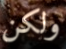
ولكن